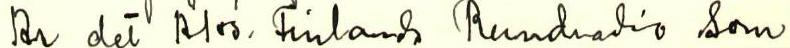
Är det A/oy. Finlands Rundradio som